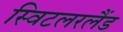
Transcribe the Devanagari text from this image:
स्विटलरलैंड